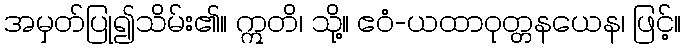
အမှတ်ပြု၍သိမ်း၏။ ဣတိ၊ သို့။ ဧဝံ-ယထာဝုတ္တနယေန၊ ဖြင့်။